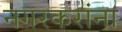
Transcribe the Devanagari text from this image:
नगरकरांना